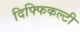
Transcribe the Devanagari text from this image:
दिफ्फिकल्टी